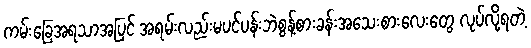
ကမ်းခြေအရသာအပြင် အရမ်းလည်းမပင်ပန်းဘဲစွန့်စားခန်းအသေးစားလေးတွေ လုပ်လို့ရတဲ့